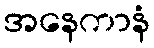
အနေကာနံ